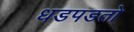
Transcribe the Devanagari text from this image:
धडपडतो